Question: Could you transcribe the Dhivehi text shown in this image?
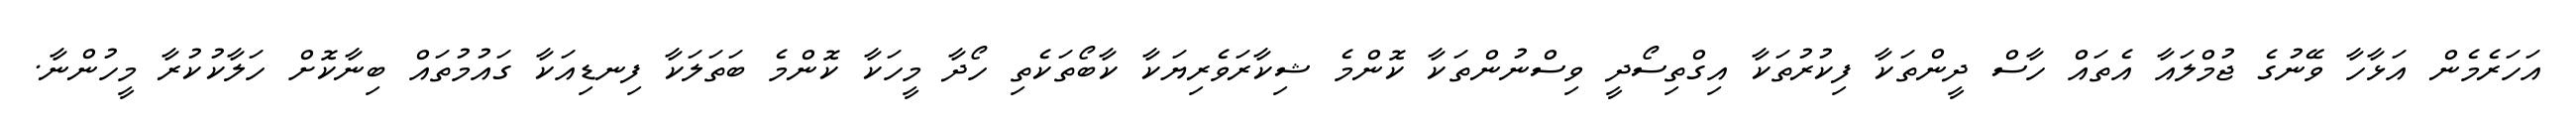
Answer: އަހަރެމެން އަޅާހާ ވޭނުގެ ޖުމްލައާ އެތައް ހާސް ދީންތަކާ ފިކުރުތަކާ އިގްތިސޯދީ ވިސްނުންތަކާ ކޮންމެ ޝިކާރަވެރިޔަކާ ކާބޯތަކެތި ހޯދާ މީހަކާ ކޮންމެ ބަތަލަކާ ފިނޑިއަކާ ގައުމުތައް ބިނާކޮށް ހަލާކުކުރާ މީހުންނާ.